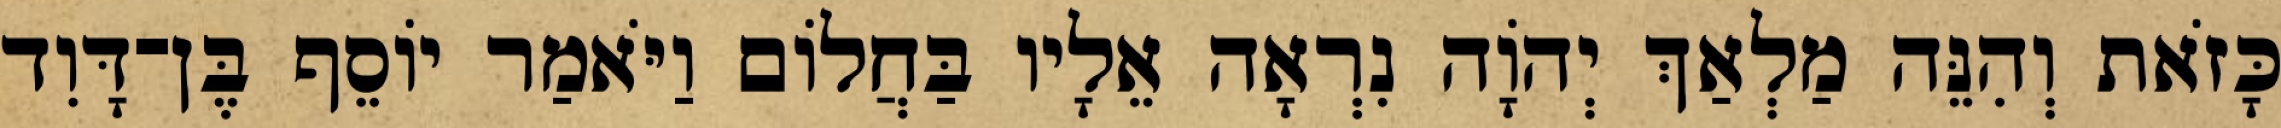
כָּזֹאת וְהִנֵּה מַלְאַךְ יְהוָֹה נִרְאָה אֵלָיו בַּחֲלוֹם וַיֹּאמַר יוֹסֵף בֶּן־דָּוִד